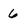
Character: 6